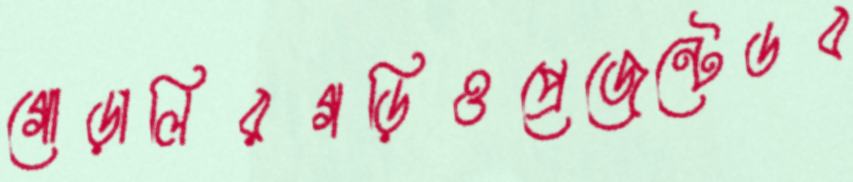
গোড়ালিরগড়িওপ্রেজেন্টেডব